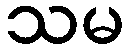
သမ